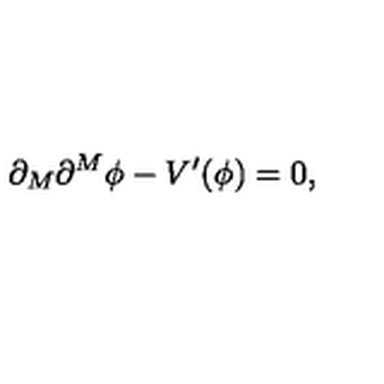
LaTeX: \partial _ { M } \partial ^ { M } \phi - V ^ { \prime } ( \phi ) = 0 ,